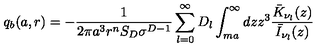
q _ { b } ( a , r ) = - \frac { 1 } { 2 \pi a ^ { 3 } r ^ { n } S _ { D } \sigma ^ { D - 1 } } \sum _ { l = 0 } ^ { \infty } D _ { l } \int _ { m a } ^ { \infty } d z z ^ { 3 } \frac { \bar { K } _ { \nu _ { l } } ( z ) } { \bar { I } _ { \nu _ { l } } ( z ) }